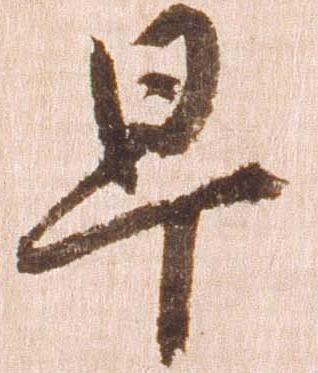
早